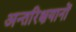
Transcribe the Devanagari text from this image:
अन्तरिक्षयानों